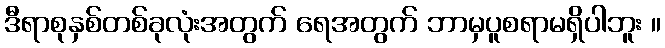
ဒီရာစုနှစ်တစ်ခုလုံးအတွက် ရေအတွက် ဘာမှပူစရာမရှိပါဘူး ။